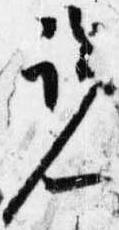
覧